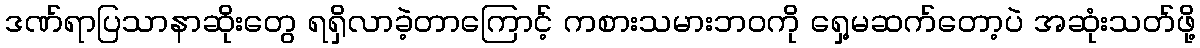
ဒဏ်ရာပြသာနာဆိုးတွေ ရရှိလာခဲ့တာကြောင့် ကစားသမားဘဝကို ရှေ့မဆက်တော့ပဲ အဆုံးသတ်ဖို့